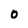
Character: 0